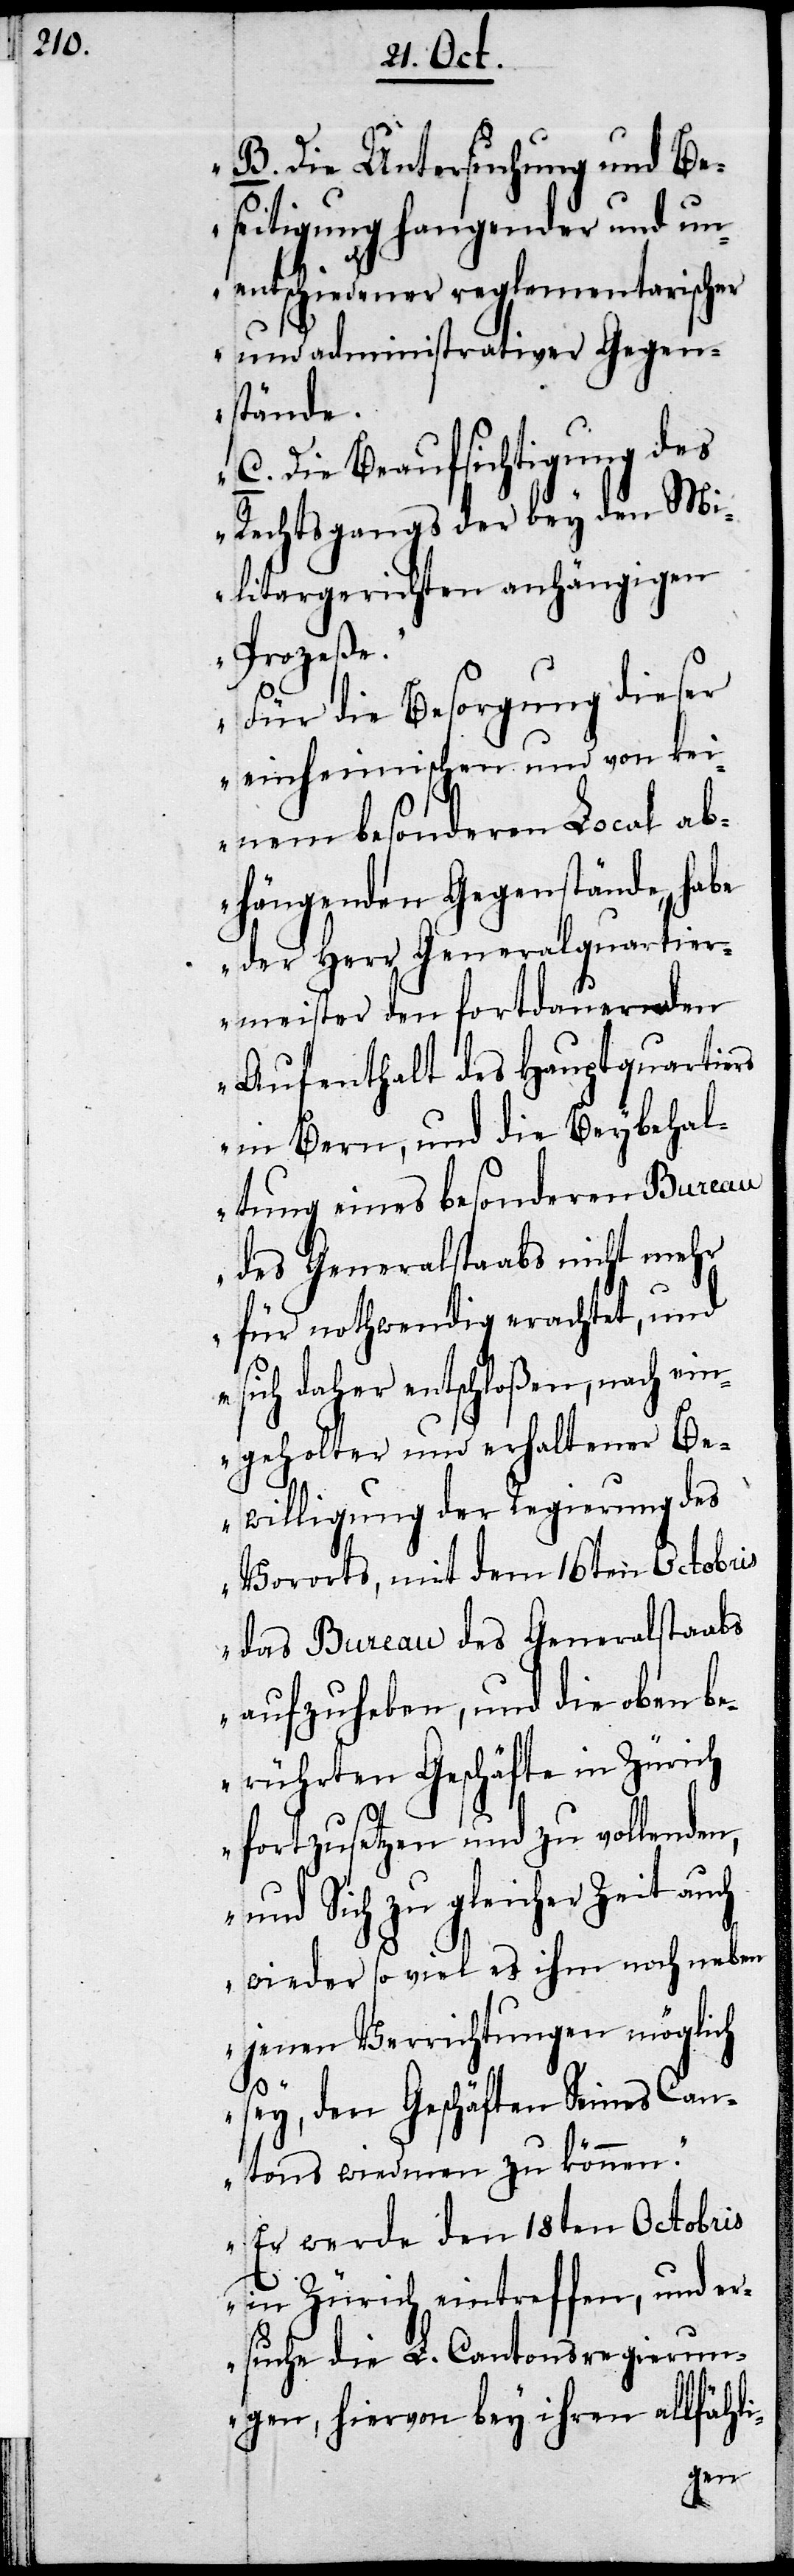
i-

B. Die Untersuchung und Be¬
seitigung hangender und un¬
entschiedener reglementarischer
stände.
C. Die Beaufsichtigung des
Rechtsganges der bey den Mi¬
litargerichten anhängigen
Prozeße.
Für die Besorgung dieser
einheimischen und von kei¬
nem besonderen Local ab¬
hängenden Gegenstände, habe
der Herr Generalquartier¬
meister den fortdauernden
Aufenthalt des Hauptquartiers
in Bern, und die Beybehal¬
tung eines besonderen Bureau
des Generalstaabs nicht mehr
für nothwendig erachtet, und
sich daher entschloßen, nach ein¬
geholter und erhaltener Be¬
willigung der Regierung des
Vororts, mit dem 16ten Octobris
das Bureau des Generalstaabs
aufzuheben, und die oben be¬
rührten Geschäfte in Zürich
fortzusetzen und zu vollenden,
und Sich zu gleicher Zeit auch
wieder so viel es ihm noch neben
jenen Verrichtungen möglich
sey, den Geschäften Seines Can¬
tons wiedmen zu können.
Er werde den 18ten Octobris
in Zürich eintreffen, und er¬
suche die L. Cantonsregierun¬
gen, hiervon bey ihren allfähl¬